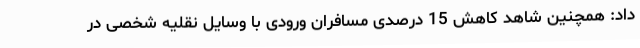
داد: همچنین شاهد کاهش 15 درصدی مسافران ورودی با وسایل نقلیه شخصی در